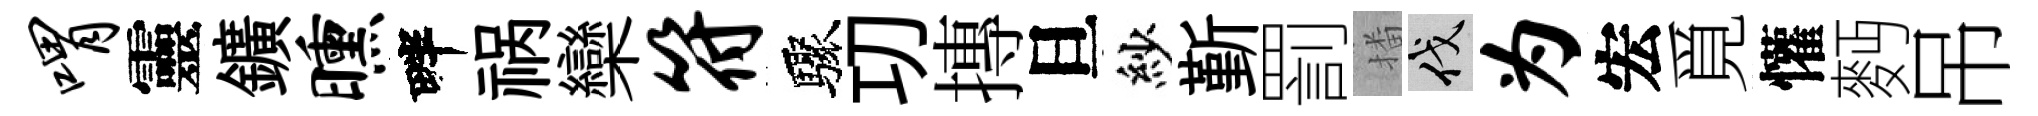
喟靈鑛曛畔祸欒符驟㓛摶旦紗斳罰播伐为宏覓懽麪吊